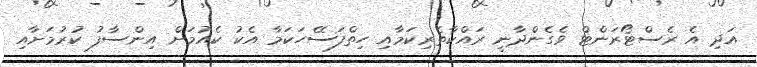
އަދި އެ ރެސްޓޯރަންޓް ވެގެންދާނީ ރައްކާތެރިކަމާއި ހިތްފަސޭހަކަމާ އެކު ކެއުމަށް އިންސާފު ކުރުމަށާއި